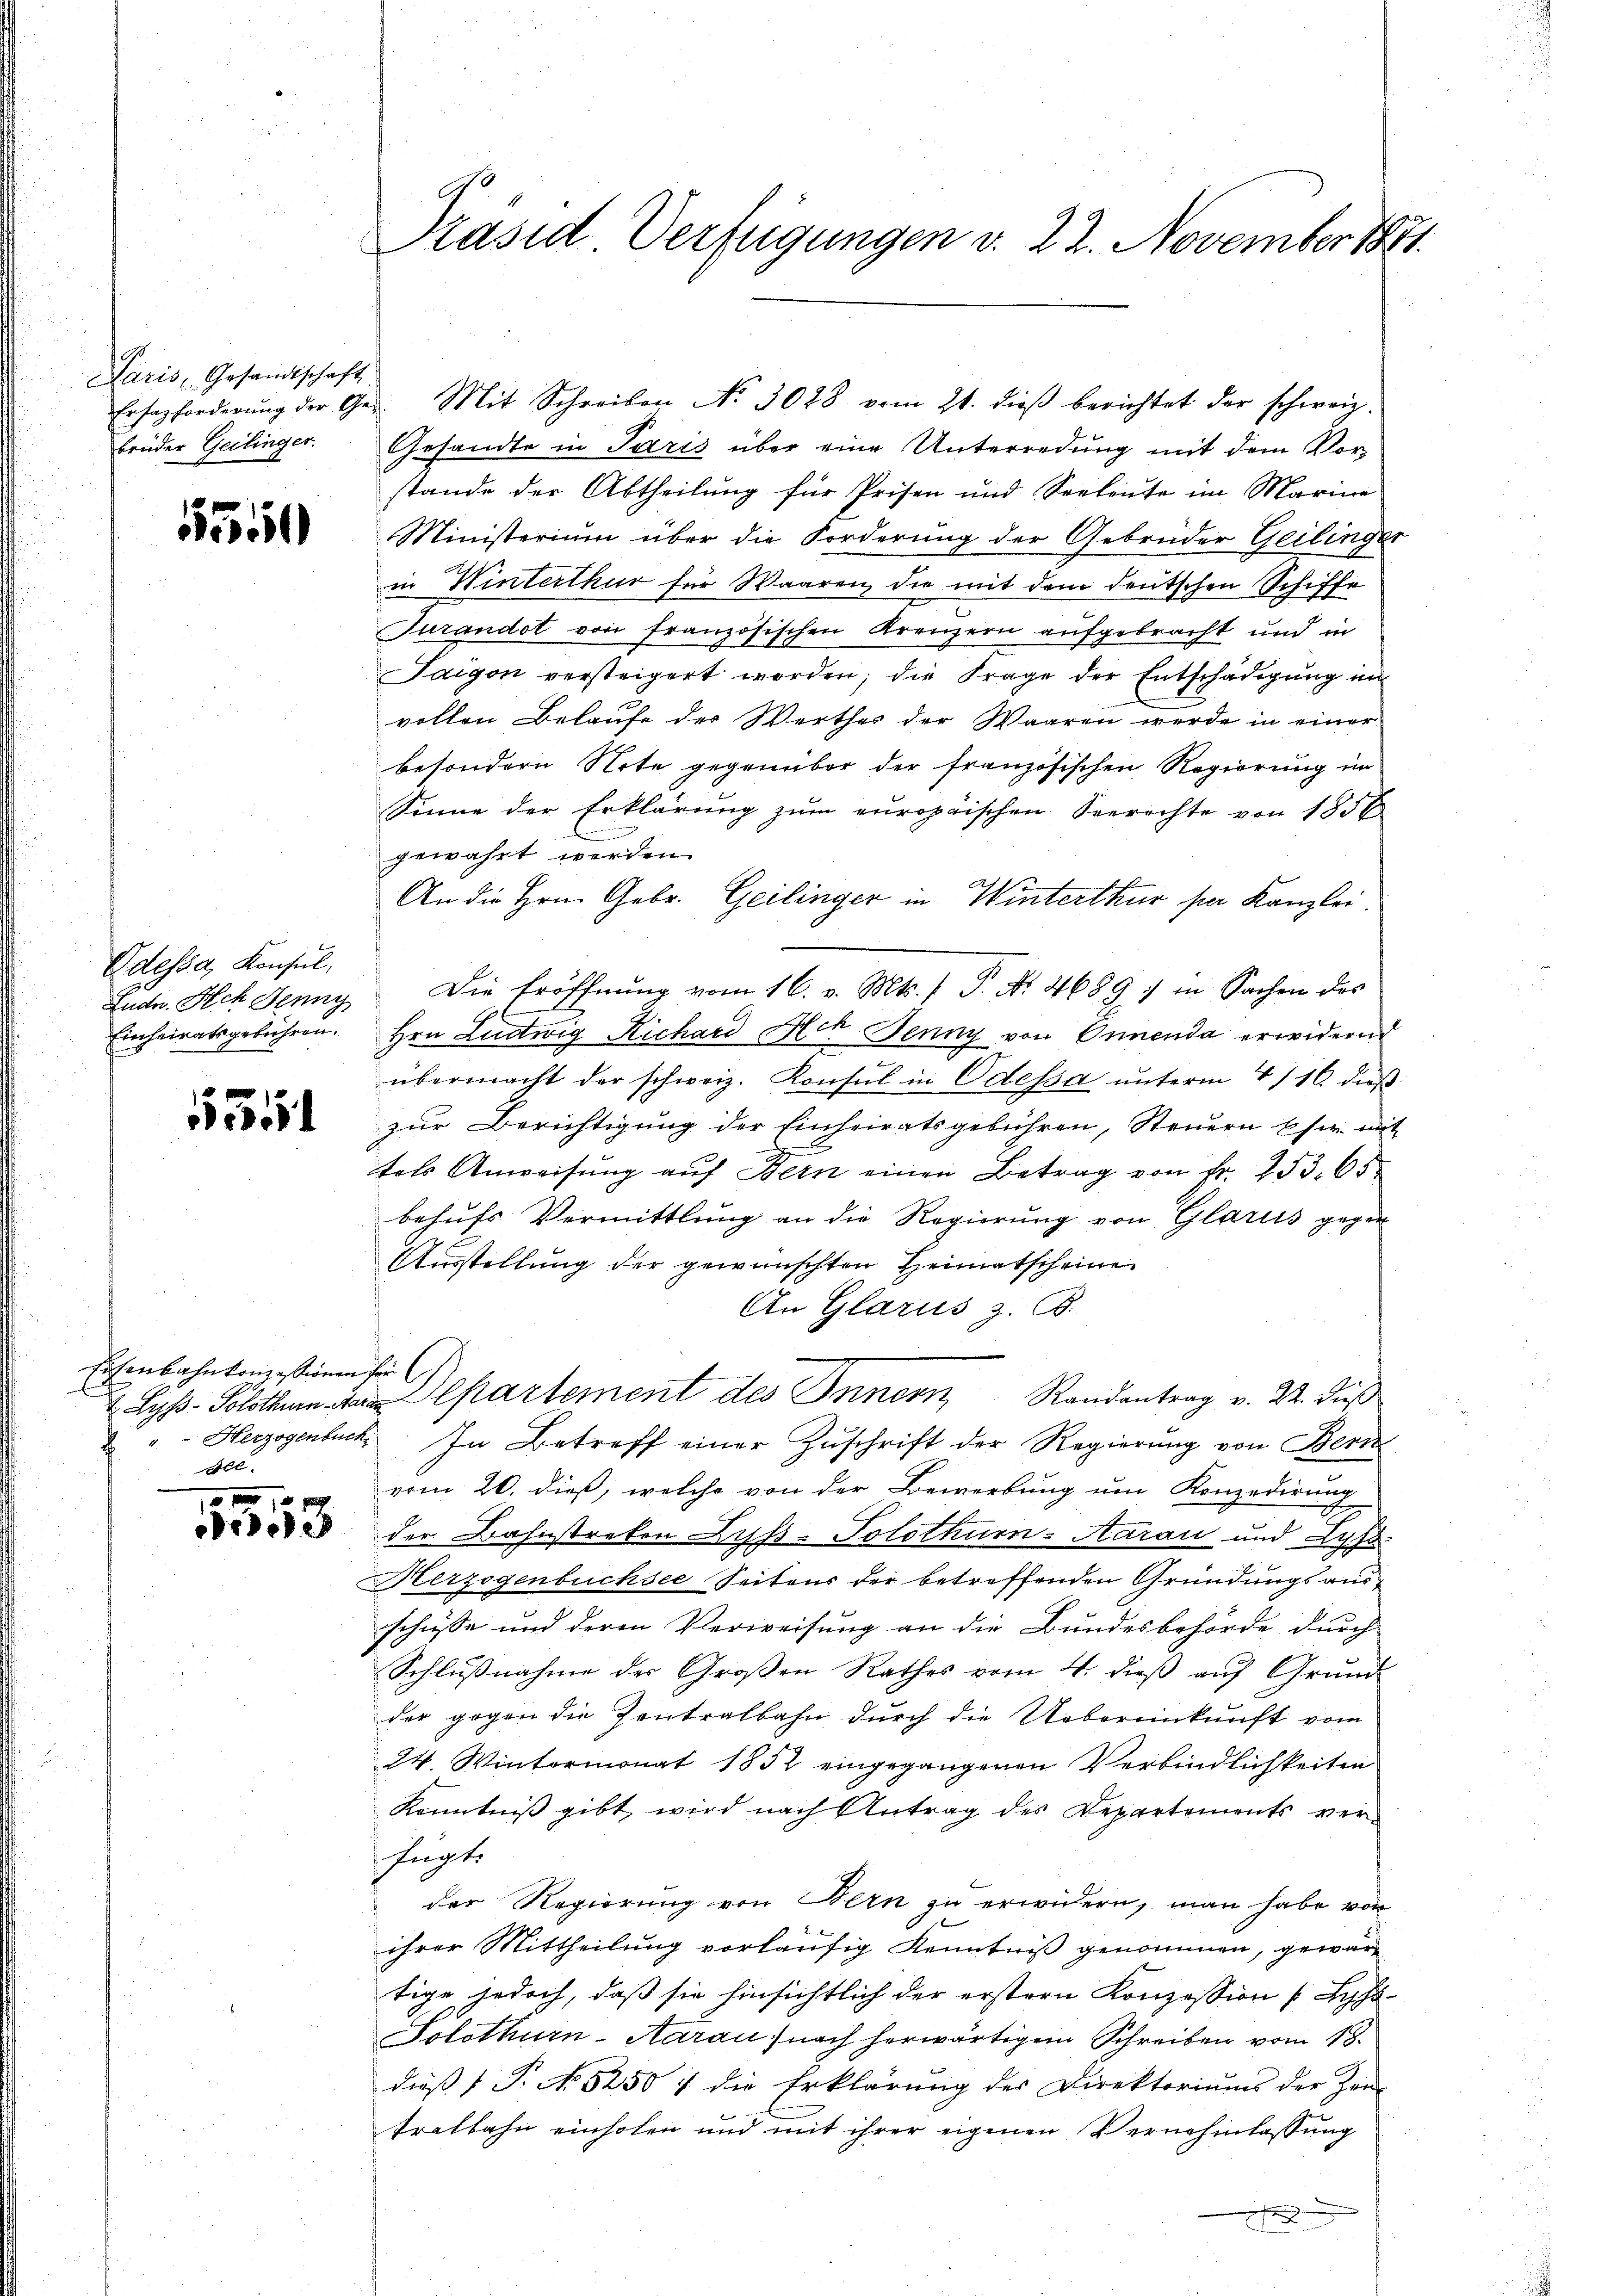
Paris, Gesandtschaft
brüder Geilinger.

5550

Adessa, Konsul,

5351

Eisenbahnkonzessionen für
Herzogenbuch
f
see.

0 f 10 x

Ersazforderŭng der Ges. Mit Schreiben No 3028 vom 21. dieβ berichtet der schweiz.
Gesandte in Paris über eine Unterredung mit dem Vor-
stande der Abtheilung für Prisen und Seeleŭte im Marine
Ministerium über die Forderung der Gebrüder Geilinger
in Winterthur für Waaren, die mit dem deutschen Schiffe
Turandot von französischen Kreuzern aufgebracht und in
Taigon versteigert worden; die Frage der Entschädigung im
vollen Belaufe der Werthes der Waaren werde in einer
besondern Note gegenüber der französischen Regierung im
Sinne der Erklärung zŭm europäischen Seerechte von 1856
e
gewahrt werden.
An die Hrn. Gebr. Geilinger in Winterthur per Kanzlei.
Fuder. Ach Jenny die Eröffnŭng vom 16. v. Mts. 1 P. Nr. 4689 : in Sachen des
Einheiratsgebühren. Hrn. Ludwig Richard Ach Jenny von Onnenda erwidernd
übermacht der schweiz. Konsul in Odessa unterm 4/16. dieß
zur Berichtigung der Einheiratsgebühren, Steuern sie mit
tals Anweisŭng aŭf Bern einen Betrag von Fr. 253. 65
behufs Vermittlung an die Regierung von Glarus gegen
.
Ausstellung der gewünschten Heimatscheine
An Glarus z. B.
 Lyss. Solothurn in Departement des Innern Randantrag v. 22. dieß
In Betreff einer Zuschrift der Regierung von Beri
vom 20. dieß, welche von der Bewerbung um Konzedirung
28 der Bahnstreken Lyss-Solothurn-Aarau und Lyss
Herzogenbüchsee Seitens der betreffenden Gründungsausschüsse und deren Verweisung an die Bundesbehörde durch
Schlŭβnahme der Großen Rathes vom 4. dieβ aŭf Grund
der gegen die Zentralbahn durch die Uebereinkunft vom
24. Wintermonat 1852 eingegangenen Verbindlichkeiten
Kenntniß gibt, wird nach Antrag des Departements verfügte
der Regierung von Bern zu erwidern, man habe von
ihrer Mittheilung vorläufig Kenntniß genommen, gewärtige jedoch, daß sie hinsichtlich der erstern Konzession Lyss-
Solothurn-Aarau) nach herwärtigem Schreiben vom 18.
dieß P. No 5250 & die Erklärung des Direktoriums der Zeu-
tralbahn einholen und mit ihrer eigenen Vernehmlassung
A

Präsid Verfügungen v. 22. November 1891